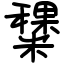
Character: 䊬